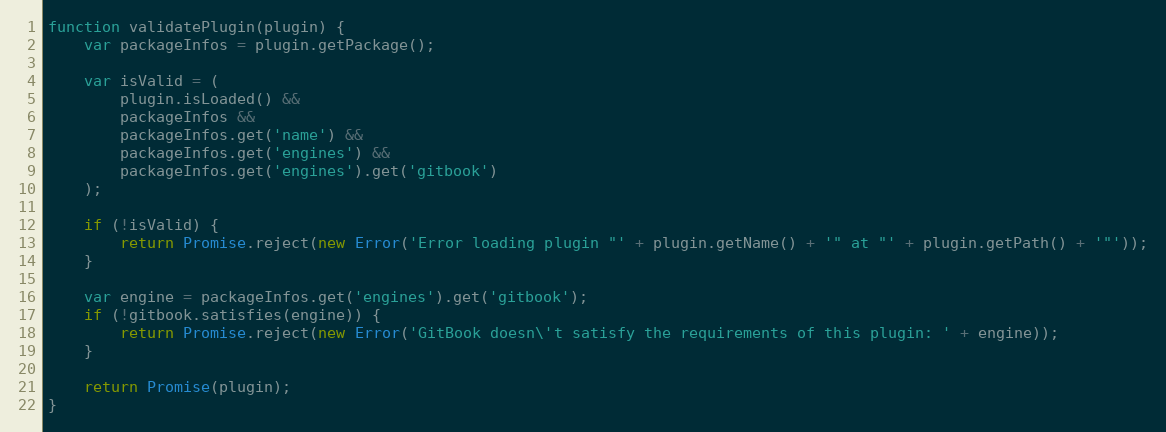
Language: JavaScript
function validatePlugin(plugin) {
    var packageInfos = plugin.getPackage();

    var isValid = (
        plugin.isLoaded() &&
        packageInfos &&
        packageInfos.get('name') &&
        packageInfos.get('engines') &&
        packageInfos.get('engines').get('gitbook')
    );

    if (!isValid) {
        return Promise.reject(new Error('Error loading plugin "' + plugin.getName() + '" at "' + plugin.getPath() + '"'));
    }

    var engine = packageInfos.get('engines').get('gitbook');
    if (!gitbook.satisfies(engine)) {
        return Promise.reject(new Error('GitBook doesn\'t satisfy the requirements of this plugin: ' + engine));
    }

    return Promise(plugin);
}